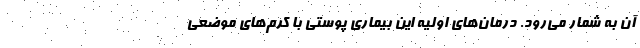
آن به‌ شمار می‌رود. درمان‌های اولیه این بیماری پوستی با کرم‌های موضعی